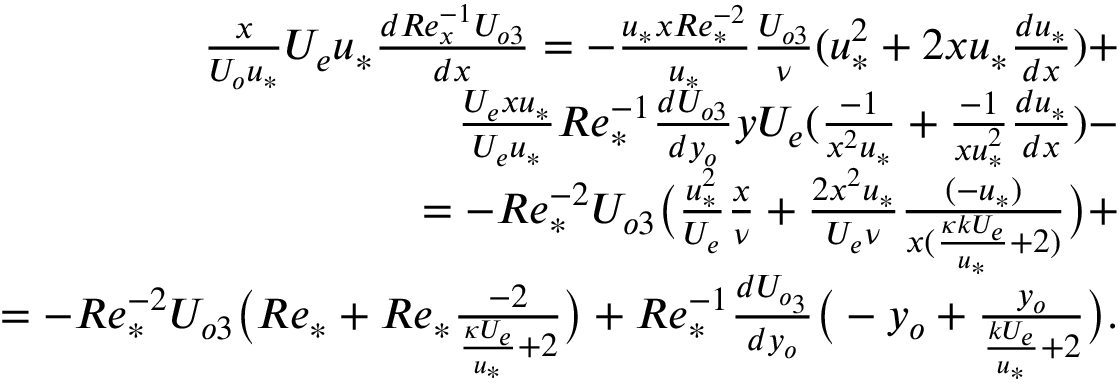
\begin{array} { r } { \frac { x } { U _ { o } u _ { * } } U _ { e } u _ { * } \frac { d R e _ { x } ^ { - 1 } U _ { o 3 } } { d x } = - \frac { u _ { * } x R e _ { * } ^ { - 2 } } { u _ { * } } \frac { U _ { o 3 } } { \nu } ( u _ { * } ^ { 2 } + 2 x u _ { * } \frac { d u _ { * } } { d x } ) + } \\ { \frac { U _ { e } x u _ { * } } { U _ { e } u _ { * } } R e _ { * } ^ { - 1 } \frac { d U _ { o 3 } } { d y _ { o } } y U _ { e } ( \frac { - 1 } { x ^ { 2 } u _ { * } } + \frac { - 1 } { x u _ { * } ^ { 2 } } \frac { d u _ { * } } { d x } ) - } \\ { = - R e _ { * } ^ { - 2 } U _ { o 3 } \big ( \frac { u _ { * } ^ { 2 } } { U _ { e } } \frac { x } { \nu } + \frac { 2 x ^ { 2 } u _ { * } } { U _ { e } \nu } \frac { ( - u _ { * } ) } { x ( \frac { \kappa k U _ { e } } { u _ { * } } + 2 ) } \big ) + } \\ { = - R e _ { * } ^ { - 2 } U _ { o 3 } \big ( R e _ { * } + R e _ { * } \frac { - 2 } { \frac { \kappa U _ { e } } { u _ { * } } + 2 } \big ) + R e _ { * } ^ { - 1 } \frac { d U _ { o _ { 3 } } } { d y _ { o } } \big ( - y _ { o } + \frac { y _ { o } } { \frac { k U _ { e } } { u _ { * } } + 2 } \big ) . } \end{array}